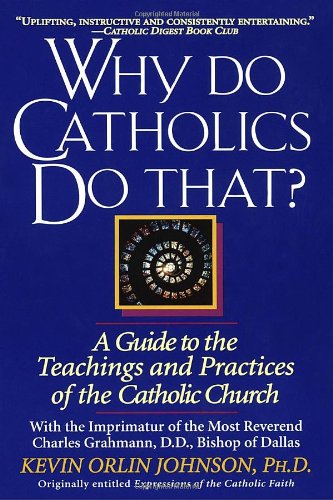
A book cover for Why Do Catholics Do That?; Kevin Orlin Johnson; Christian Books & Bibles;